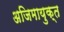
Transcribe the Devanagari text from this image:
अजिमायुक्त